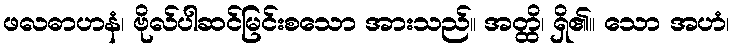
ဖလဓာဟနံ၊ ဗိုလ်ပါဆင်မြင်းစသော အားသည်။ အတ္ထိ၊ ရှိ၏။ သော အဟံ၊